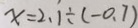
x = 2 . 1 \div ( - 0 . 7 )